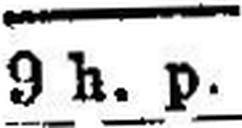
9 h. p.